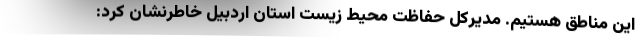
این مناطق هستیم. مدیرکل حفاظت محیط زیست استان اردبیل خاطرنشان کرد: